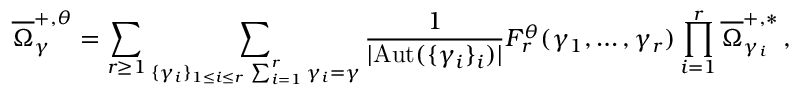
\overline { { \Omega } } _ { \gamma } ^ { + , \theta } = \sum _ { r \geq 1 } \sum _ { \substack { \{ \gamma _ { i } \} _ { 1 \leq i \leq r } \, \sum _ { i = 1 } ^ { r } \gamma _ { i } = \gamma } } \frac { 1 } { | \mathrm { A u t } ( \{ \gamma _ { i } \} _ { i } ) | } F _ { r } ^ { \theta } ( \gamma _ { 1 } , \dots , \gamma _ { r } ) \prod _ { i = 1 } ^ { r } \overline { { \Omega } } _ { \gamma _ { i } } ^ { + , * } \, ,